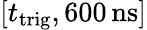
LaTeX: [t_{\mathrm{trig}},600\, \mathrm{ns}]